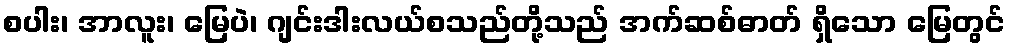
စပါး၊ အာလူး၊ မြေပဲ၊ ဂျင်းဒါးလယ်စသည်တို့သည် အက်ဆစ်ဓာတ် ရှိသော မြေတွင်